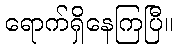
ရောက်ရှိနေကြပြီ။